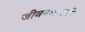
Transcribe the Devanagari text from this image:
जीवनमानही